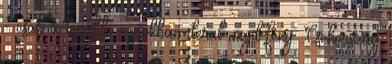
- csak a további napokban derül majd fény. Csehország